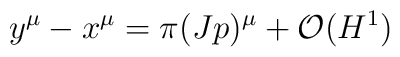
y^{\mu}-x^{\mu} = \pi (Jp)^{\mu} + {\cal O}(H^1)